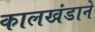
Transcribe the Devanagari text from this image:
कालखंडाने